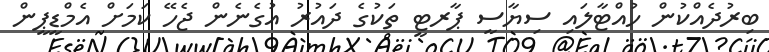
ބިރުދެއްކުން ހުއްޓާލައި ސިޔާސީ ޕާރޓީ ތަކުގެ ދައުރު އުގެނެން ޖެހޭ ކަމަށް އެމްޑީޕީން